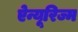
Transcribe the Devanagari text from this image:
ऐन्यूरिज्म